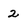
Character: 2